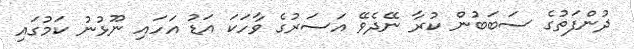
ދުންފަތުގެ ސަބަބުން ކުރާ ނޭދެވޭ އަސަރުގެ ވާހަކަ އަޑު އަހައި ނޫޅުނު ކަމުގައި